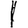
Digit: 1